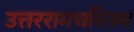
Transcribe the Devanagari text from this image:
उत्तररामचरितम